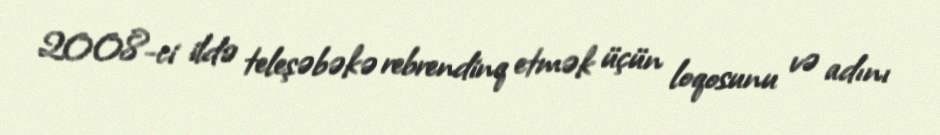
2008-ci ildə teleşəbəkə rebrendinq etmək üçün loqosunu və adını